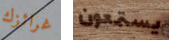
غرائزك يستمعون